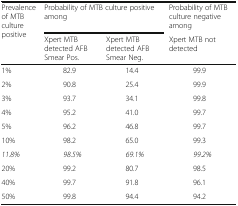
<table><thead><tr><td rowspan="2"><b>Prevalence of MTB culture positive</b></td><td colspan="2"><b>Probability of MTB culture positive among</b></td><td><b>Probability of MTB culture negative among</b></td></tr><tr><td><b>Xpert MTB detected AFB Smear Pos.</b></td><td><b>Xpert MTB detected AFB Smear Neg.</b></td><td><b>Xpert MTB not detected</b></td></tr></thead><tbody><tr><td>1%</td><td>82.9</td><td>14.4</td><td>99.9</td></tr><tr><td>2%</td><td>90.8</td><td>25.4</td><td>99.9</td></tr><tr><td>3%</td><td>93.7</td><td>34.1</td><td>99.8</td></tr><tr><td>4%</td><td>95.2</td><td>41.0</td><td>99.7</td></tr><tr><td>5%</td><td>96.2</td><td>46.8</td><td>99.7</td></tr><tr><td>10%</td><td>98.2</td><td>65.0</td><td>99.3</td></tr><tr><td><i>11.8%</i></td><td><i>98.5%</i></td><td><i>69.1%</i></td><td><i>99.2%</i></td></tr><tr><td>20%</td><td>99.2</td><td>80.7</td><td>98.5</td></tr><tr><td>40%</td><td>99.7</td><td>91.8</td><td>96.1</td></tr><tr><td>50%</td><td>99.8</td><td>94.4</td><td>94.2</td></tr></tbody></table>